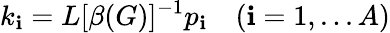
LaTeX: k_{\mathbf{i}}=L[\beta(G)]^{-1}p_{\mathbf{i}}\quad(\mathbf{i}=1,...A)